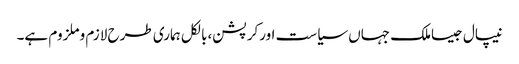
نیپال جیساملک جہاں سیاست اورکرپشن،بالکل ہماری طرح لازم وملزوم ہے۔